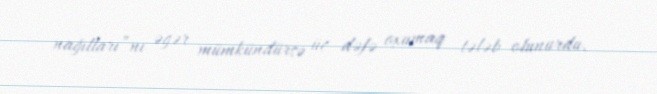
nağılları”nı əgər mümkündürsə üç dəfə oxumaq tələb olunurdu.